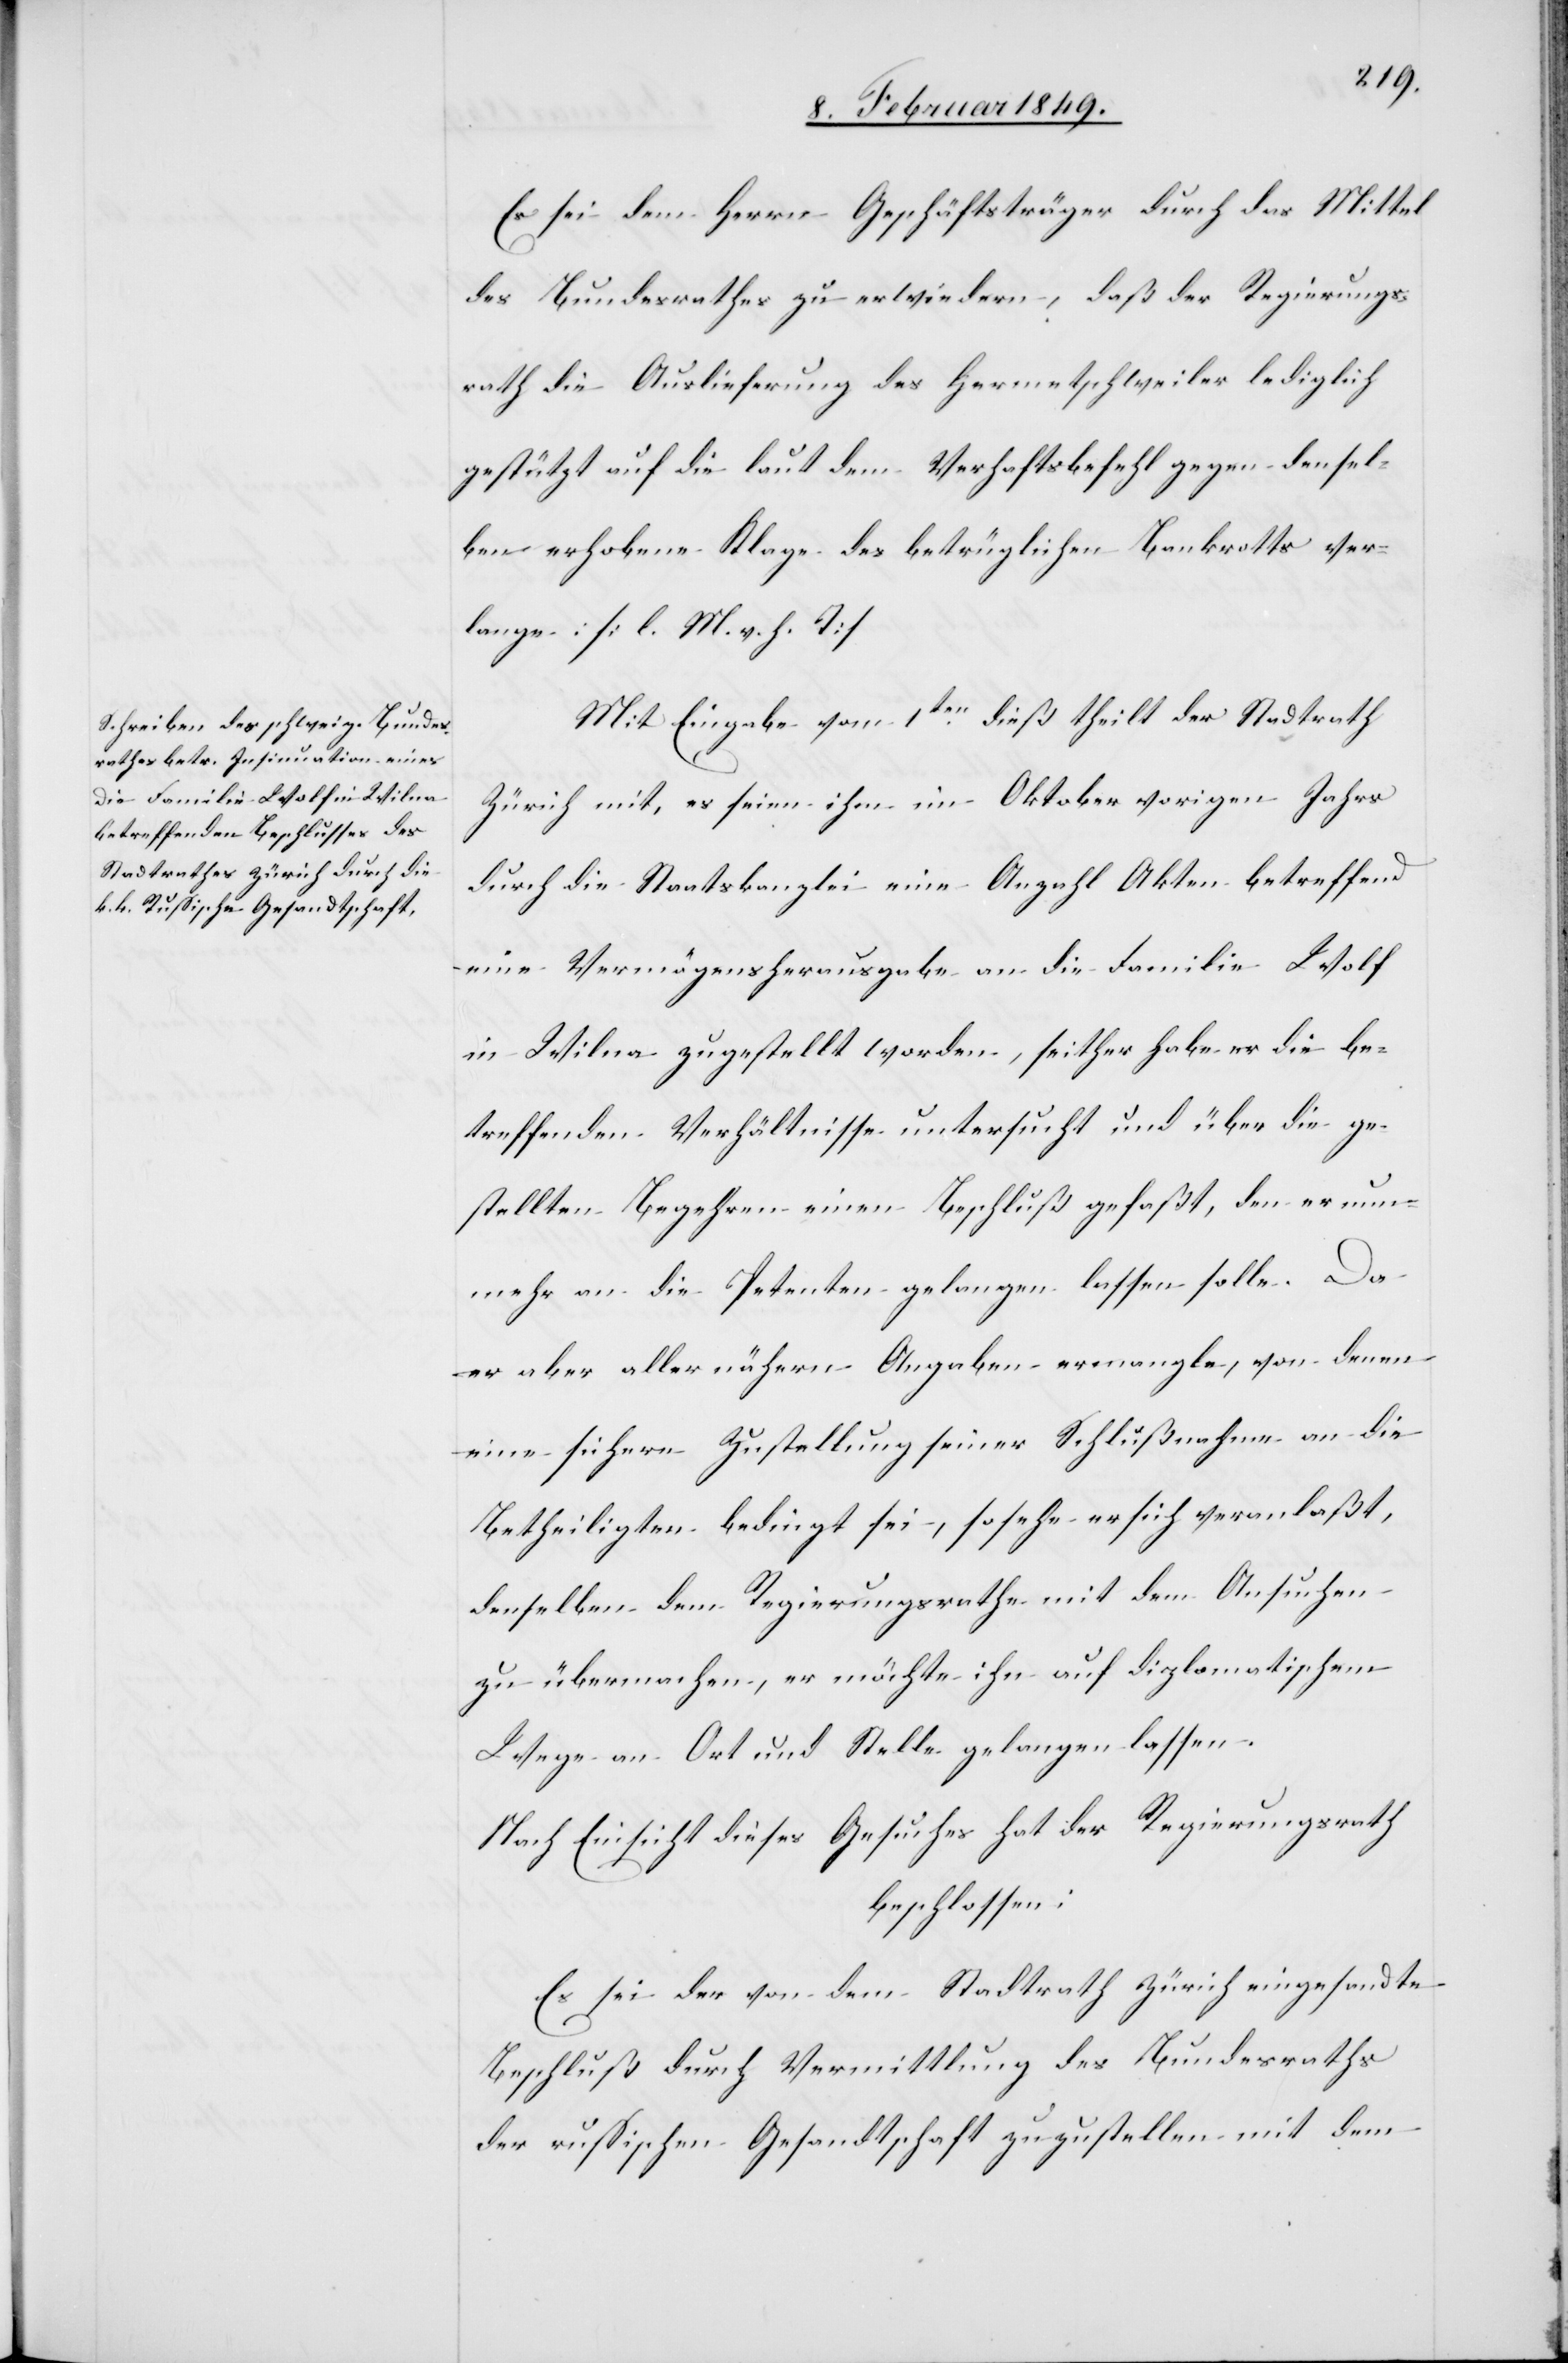
Es sei dem Herrn Geschäftsträger durch das Mittel
des Bundesrathes zu erwiedern, daß der Regierungs¬
rath die Auslieferung des Hermetschweiler [sic!]
gestützt auf die laut dem Verhaftsbefehl gegen densel¬
ben erhobene Klage des betrüglichen Bankrotts ver¬
lange: [l. M. v. h. T]
Mit Eingabe vom 1ten. dieß theilt der Stadtrath
Zürich mit, es seien ihm im Oktober vorigen Jahrs
durch die Staatskanzlei eine Anzahl Akten betreffend
eine Vermögensherausgabe an die Familie Wolf
in Wilna zugestellt worden, seither habe er die be¬
treffenden Verhältnisse untersucht und über die ge¬
stellten Begehren einen Beschluß gefaßt, den er nun¬
mehr an die Petenten gelangen lassen solle. Da
er aber aller nähern Angaben ermangle, von denen
eine sichere Zustellung seiner Schlußnahme an die
Betheiligten bedingt sei, so sehe er sich veranlaßt,
denselben dem Regierungsrathe mit dem Ansuchen
zu übermachen, er möchte ihn auf diplomatischem
Wege an Ort und Stelle gelangen lassen.
Nach Einsicht dieses Gesuches hat der Regierungsrath
beschlossen:
Es sei der von dem Stadtrath Zürich eingesandte
Beschluß durch Vermittlung des Bundesraths
der russischen Gesandtschaft zuzustellen mit dem